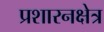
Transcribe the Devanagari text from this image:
प्रशारनक्षेत्र